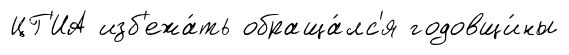
ЦГ'ИА изб'ежа́ть обраща́лс'я годовщи́ны